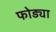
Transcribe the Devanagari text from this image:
फोड्या